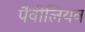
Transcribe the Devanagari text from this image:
पैवीलियन